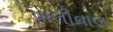
પાલીવાલ